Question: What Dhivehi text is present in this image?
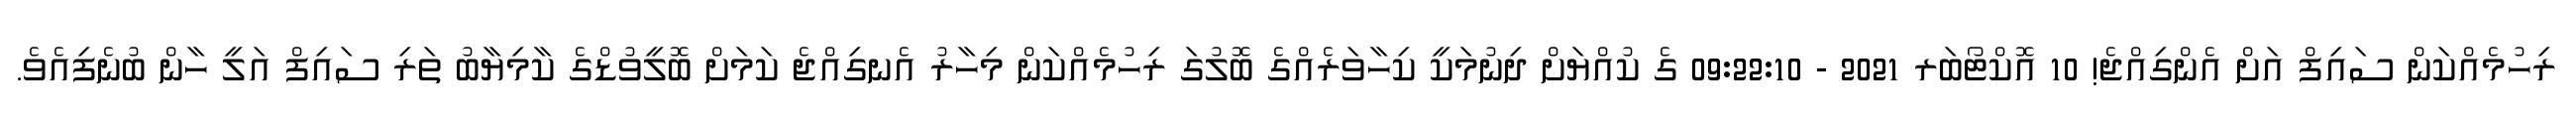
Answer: ރިހުމެއްކަން ސައިފް އަށް އެންގިއްޖެ! 10 އޮކްޓޯބަރ 2021 - 09:22:10 ގެ ކުއްޔަށް ދިނުމަކީ ކިހާވަރެއްގެ ބޮލުގަ ރިހުމެއްކަން މިހާރު އެނގިއްޖެ ކަމަށް ބޮލީވުޑްގެ ކާމިޔާބު ތަރި ސައިފް އަލީ ހާން ބުނެފިއެވެ.